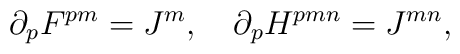
\partial_p F^{pm} = J^m, \quad \partial_p H^{pmn} = J^{mn},